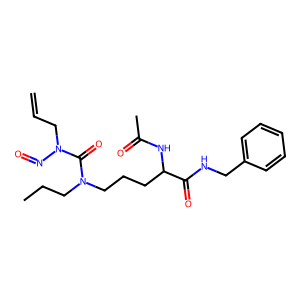
SMILES: C=CCN(N=O)C(=O)N(CCC)CCCC(NC(C)=O)C(=O)NCc1ccccc1
Inhibits HIV replication: No